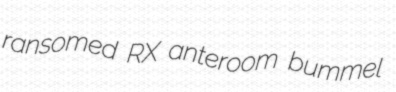
ransomed RX anteroom bummel